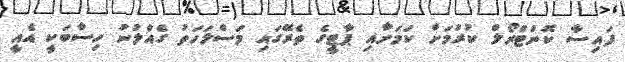
ފައިސާ ކޮންޓްރޯލް ކުރުމަށް ކަމަށާއި ޕާޓީގެ ތެރޭގައި މަސްލަހަތު ގެއްލުނު ހިސާބަކީ އެއީ